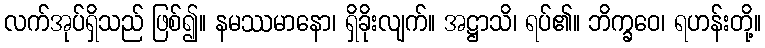
လက်အုပ်ရှိသည် ဖြစ်၍။ နမဿမာနော၊ ရှိခိုးလျက်။ အဋ္ဌာသိ၊ ရပ်၏။ ဘိက္ခဝေ၊ ရဟန်းတို့။